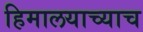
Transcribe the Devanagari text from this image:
हिमालयाच्याच